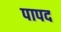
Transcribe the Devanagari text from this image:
पापद